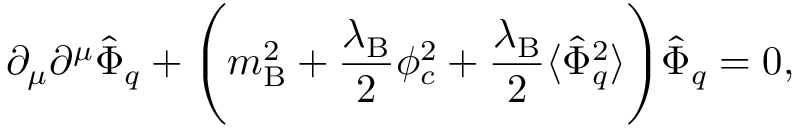
\partial _ { \mu } \partial ^ { \mu } \hat { \Phi } _ { q } + \Biggl ( m _ { \mathrm { B } } ^ { 2 } + \frac { \lambda _ { \mathrm { B } } } { 2 } \phi _ { c } ^ { 2 } + \frac { \lambda _ { \mathrm { B } } } { 2 } \langle \hat { \Phi } _ { q } ^ { 2 } \rangle \Biggr ) \hat { \Phi } _ { q } = 0 ,